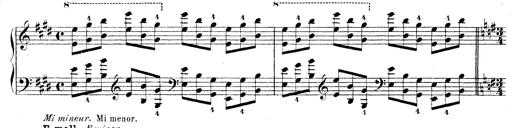
Title: Technische Studien
Composer: Franz Liszt